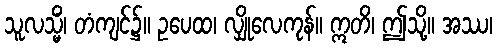
သူလသ္မိံ၊ တံကျင်၌။ ဥပေထ၊ လျှိုလေကုန်။ ဣတိ၊ ဤသို့။ အဿ၊